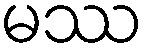
မဿ